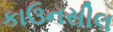
કાઉનસીલ